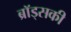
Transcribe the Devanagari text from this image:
ब्रॉड्सकी